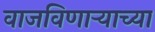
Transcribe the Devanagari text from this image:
वाजविणाऱ्याच्या